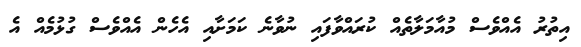
އިތުރު އެއްވެސް މުއާމަލާތެއް ކުރައްވާފައި ނުވާނެ ކަމަށާއި އެހެން އެއްވެސް ގުޅުމެއް އެ